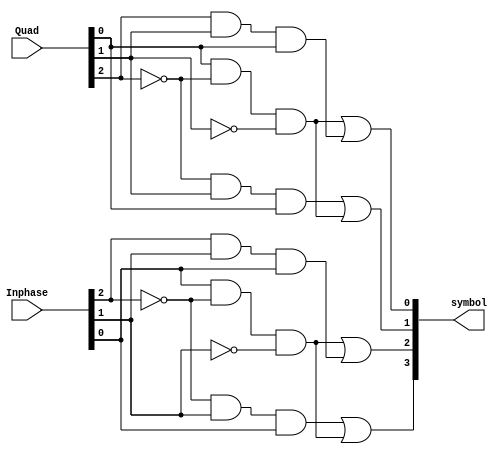
//-----------------------------------------------------
//-----------------------------------------------------
// Copyright (C) 2016  Intel Corporation. All rights reserved.
// Your use of Intel Corporation's design tools, logic functions 
// and other software and tools, and its AMPP partner logic 
// functions, and any output files from any of the foregoing 
// (including device programming or simulation files), and any 
// associated documentation or information are expressly subject 
// to the terms and conditions of the Intel Program License 
// Subscription Agreement, the Intel Quartus Prime License Agreement,
// the Intel MegaCore Function License Agreement, or other 
// applicable license agreement, including, without limitation, 
// that your use is for the sole purpose of programming logic 
// devices manufactured by Intel and sold by Intel or its 
// authorized distributors.  Please refer to the applicable 
// agreement for further details.

// PROGRAM		"Quartus Prime"
// VERSION		"Version 16.1.1 Build 200 11/30/2016 SJ Lite Edition"
// CREATED		"Tue Jan 24 15:50:18 2017"

module HW1_part_C(
	Inphase,
	Quad,
	symbol
);


input wire	[2:0] Inphase;
input wire	[2:0] Quad;
output wire	[3:0] symbol;

wire	[2:0] Inphase_and;
wire	[2:1] Inphase_bar;
wire	[2:0] Quad_and;
wire	[2:1] Quad_bar;
wire	[3:0] Symbol_ALTERA_SYNTHESIZED;




assign	Inphase_and[2] = Inphase[2] & Inphase[1] & Inphase[0];

assign	Quad_and[1] = Quad[0] & Quad_bar[2] & Quad_bar[1];

assign	Quad_and[0] = Quad_bar[2] & Quad[1] & Quad[0];

assign	Symbol_ALTERA_SYNTHESIZED[0] = Quad_and[1] | Quad_and[2];

assign	Symbol_ALTERA_SYNTHESIZED[1] = Quad_and[0] | Quad_and[1];

assign	Quad_bar[2] =  ~Quad[2];

assign	Quad_bar[1] =  ~Quad[1];

assign	Inphase_and[1] = Inphase[0] & Inphase_bar[2] & Inphase_bar[1];

assign	Inphase_and[0] = Inphase_bar[2] & Inphase[1] & Inphase[0];

assign	Inphase_bar[2] =  ~Inphase[2];

assign	Inphase_bar[1] =  ~Inphase[1];

assign	Symbol_ALTERA_SYNTHESIZED[2] = Inphase_and[1] | Inphase_and[2];

assign	Symbol_ALTERA_SYNTHESIZED[3] = Inphase_and[0] | Inphase_and[1];

assign	Quad_and[2] = Quad[2] & Quad[1] & Quad[0];

assign	symbol = Symbol_ALTERA_SYNTHESIZED;

endmodule